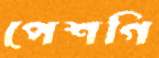
পেশগি